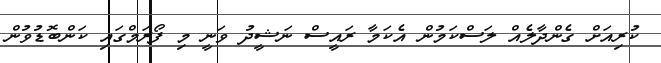
ކުރިއަށް ގެންދާލެއް ލަސްކަމުން އެކަމާ ރައީސް ނަޝީދު ވަނީ މި ފޯރަމްގައި ކަންބޮޑުވުން